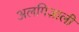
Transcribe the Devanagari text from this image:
अलगिज़ाली